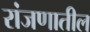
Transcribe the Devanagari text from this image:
रांजणातील